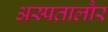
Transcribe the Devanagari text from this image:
अस्पतालौर